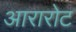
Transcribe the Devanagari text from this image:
आरारोट